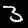
Label: 3